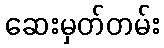
ဆေးမှတ်တမ်း